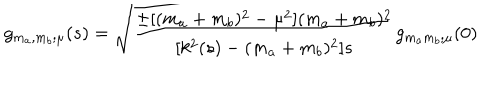
LaTeX: g _ { m _ { a } , m _ { b } ; \mu } ( s ) = \sqrt { { \frac { \pm [ ( m _ { a } + m _ { b } ) ^ { 2 } - \mu ^ { 2 } ] ( m _ { a } + m _ { b } ) ^ { 2 } } { [ k ^ { 2 } ( s ) - ( m _ { a } + m _ { b } ) ^ { 2 } ] s } } } g _ { m _ { a } m _ { b } ; \mu } ( 0 )